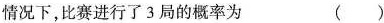
情况下，比赛进行了3局的概率为 （）